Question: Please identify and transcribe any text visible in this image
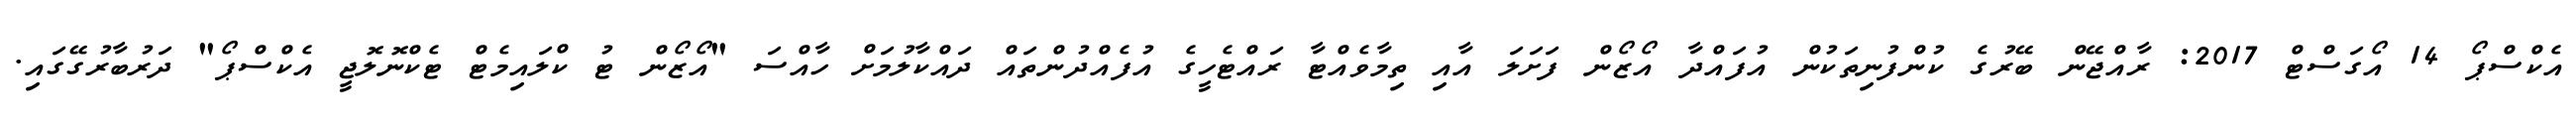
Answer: އެކްސްޕޯ 14 އޯގަސްޓް 2017: ރާއްޖޭން ބޭރުގެ ކުންފުނިތަކުން އުފައްދާ އޯޒޯން ފަށަލަ އާއި ތިމާވެއްޓާ ރައްޓެހީގެ އުފެއްދުންތައް ދައްކާލުމަށް ހާއްސަ "އޯޒޯން ޓު ކްލައިމެޓް ޓެކްނޮލޮޖީ އެކްސްޕޯ" ދަރުބާރުގޭގައި.